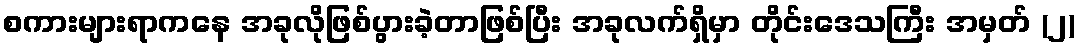
စကားများရာကနေ အခုလိုဖြစ်ပွားခဲ့တာဖြစ်ပြီး အခုလက်ရှိမှာ တိုင်းဒေသကြီး အမှတ် (၂)